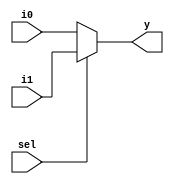
module mux_1bit_2_1
(
    input i0,
    input i1,
    input sel, 
    output y
);
	assign y = sel ? i1 : i0;
endmodule